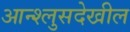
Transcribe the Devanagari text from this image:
आन्श्लुसदेखील